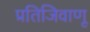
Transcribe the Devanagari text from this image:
प्रतिजिवाणू